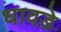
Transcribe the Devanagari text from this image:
धावडे